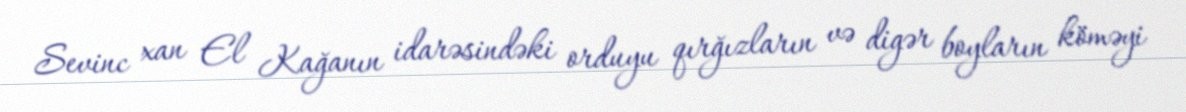
Sevinc xan El Kağanın idarəsindəki orduyu qırğızların və digər boyların köməyi